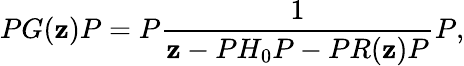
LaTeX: PG(\mathbf{z})P=P\frac{{1}}{{\mathbf{z}-PH_{0}P-PR(\mathbf{z})P}}P,